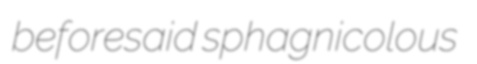
beforesaid sphagnicolous